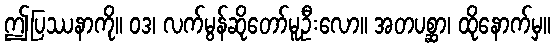
ဤပြဿနာကို။ ဝဒ၊ လက်မွန်ဆိုတော်မူဦးလော။ အတပစ္ဆာ၊ ထိုနောက်မှ။